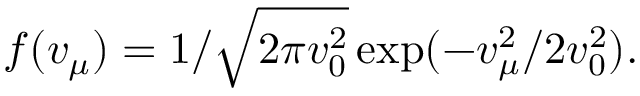
f ( v _ { \mu } ) = 1 / \sqrt { 2 \pi v _ { 0 } ^ { 2 } } \exp ( - v _ { \mu } ^ { 2 } / 2 v _ { 0 } ^ { 2 } ) .